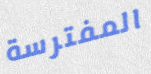
المفترسة